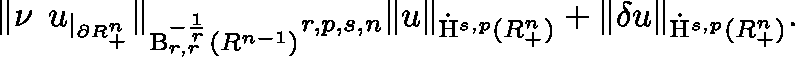
\begin{array} { r } { \lVert \nu \mathbin { \lrcorner } u _ { | _ { \partial \mathbb { R } _ { + } ^ { n } } } \rVert _ { \mathrm { B } _ { r , r } ^ { - \frac { 1 } { r } } ( \mathbb { R } ^ { n - 1 } ) } \lesssim _ { r , p , s , n } \lVert u \rVert _ { { \dot { \mathrm { H } } } ^ { s , p } ( \mathbb { R } _ { + } ^ { n } ) } + \lVert \mathbf { \delta } u \rVert _ { { \dot { \mathrm { H } } } ^ { s , p } ( \mathbb { R } _ { + } ^ { n } ) } \mathrm { . } } \end{array}